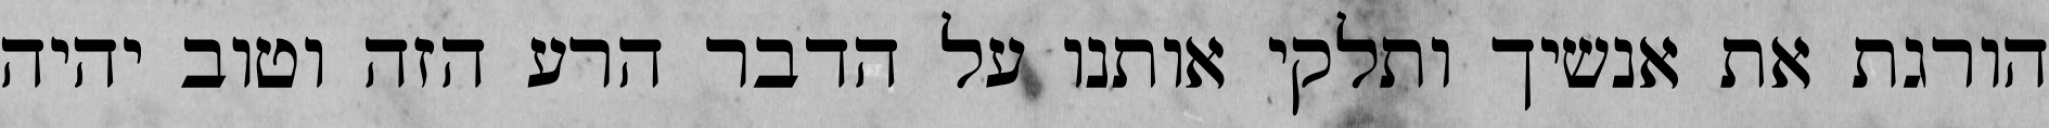
הורגת את אנשיך ותלקי אותנו על הדבר הרע הזה וטוב יהיה